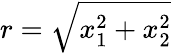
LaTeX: r=\sqrt{x_{1}^{2}+x_{2}^{2}}